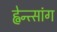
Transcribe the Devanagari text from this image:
ह्वेन्त्सांग